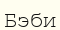
Бэби